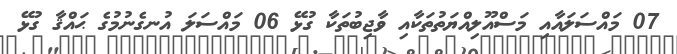
07 މައްސަލައާއި މަސްއޫލިއްޔަތުތަކާއި ވާޖިބުތަކާ ގުޅޭ 06 މައްސަލަ އުނގެނުމުގެ ޙައްޤާ ގުޅޭ